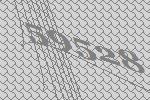
59528